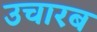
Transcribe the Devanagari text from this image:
उचारब